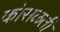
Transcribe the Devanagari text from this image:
कोसळती